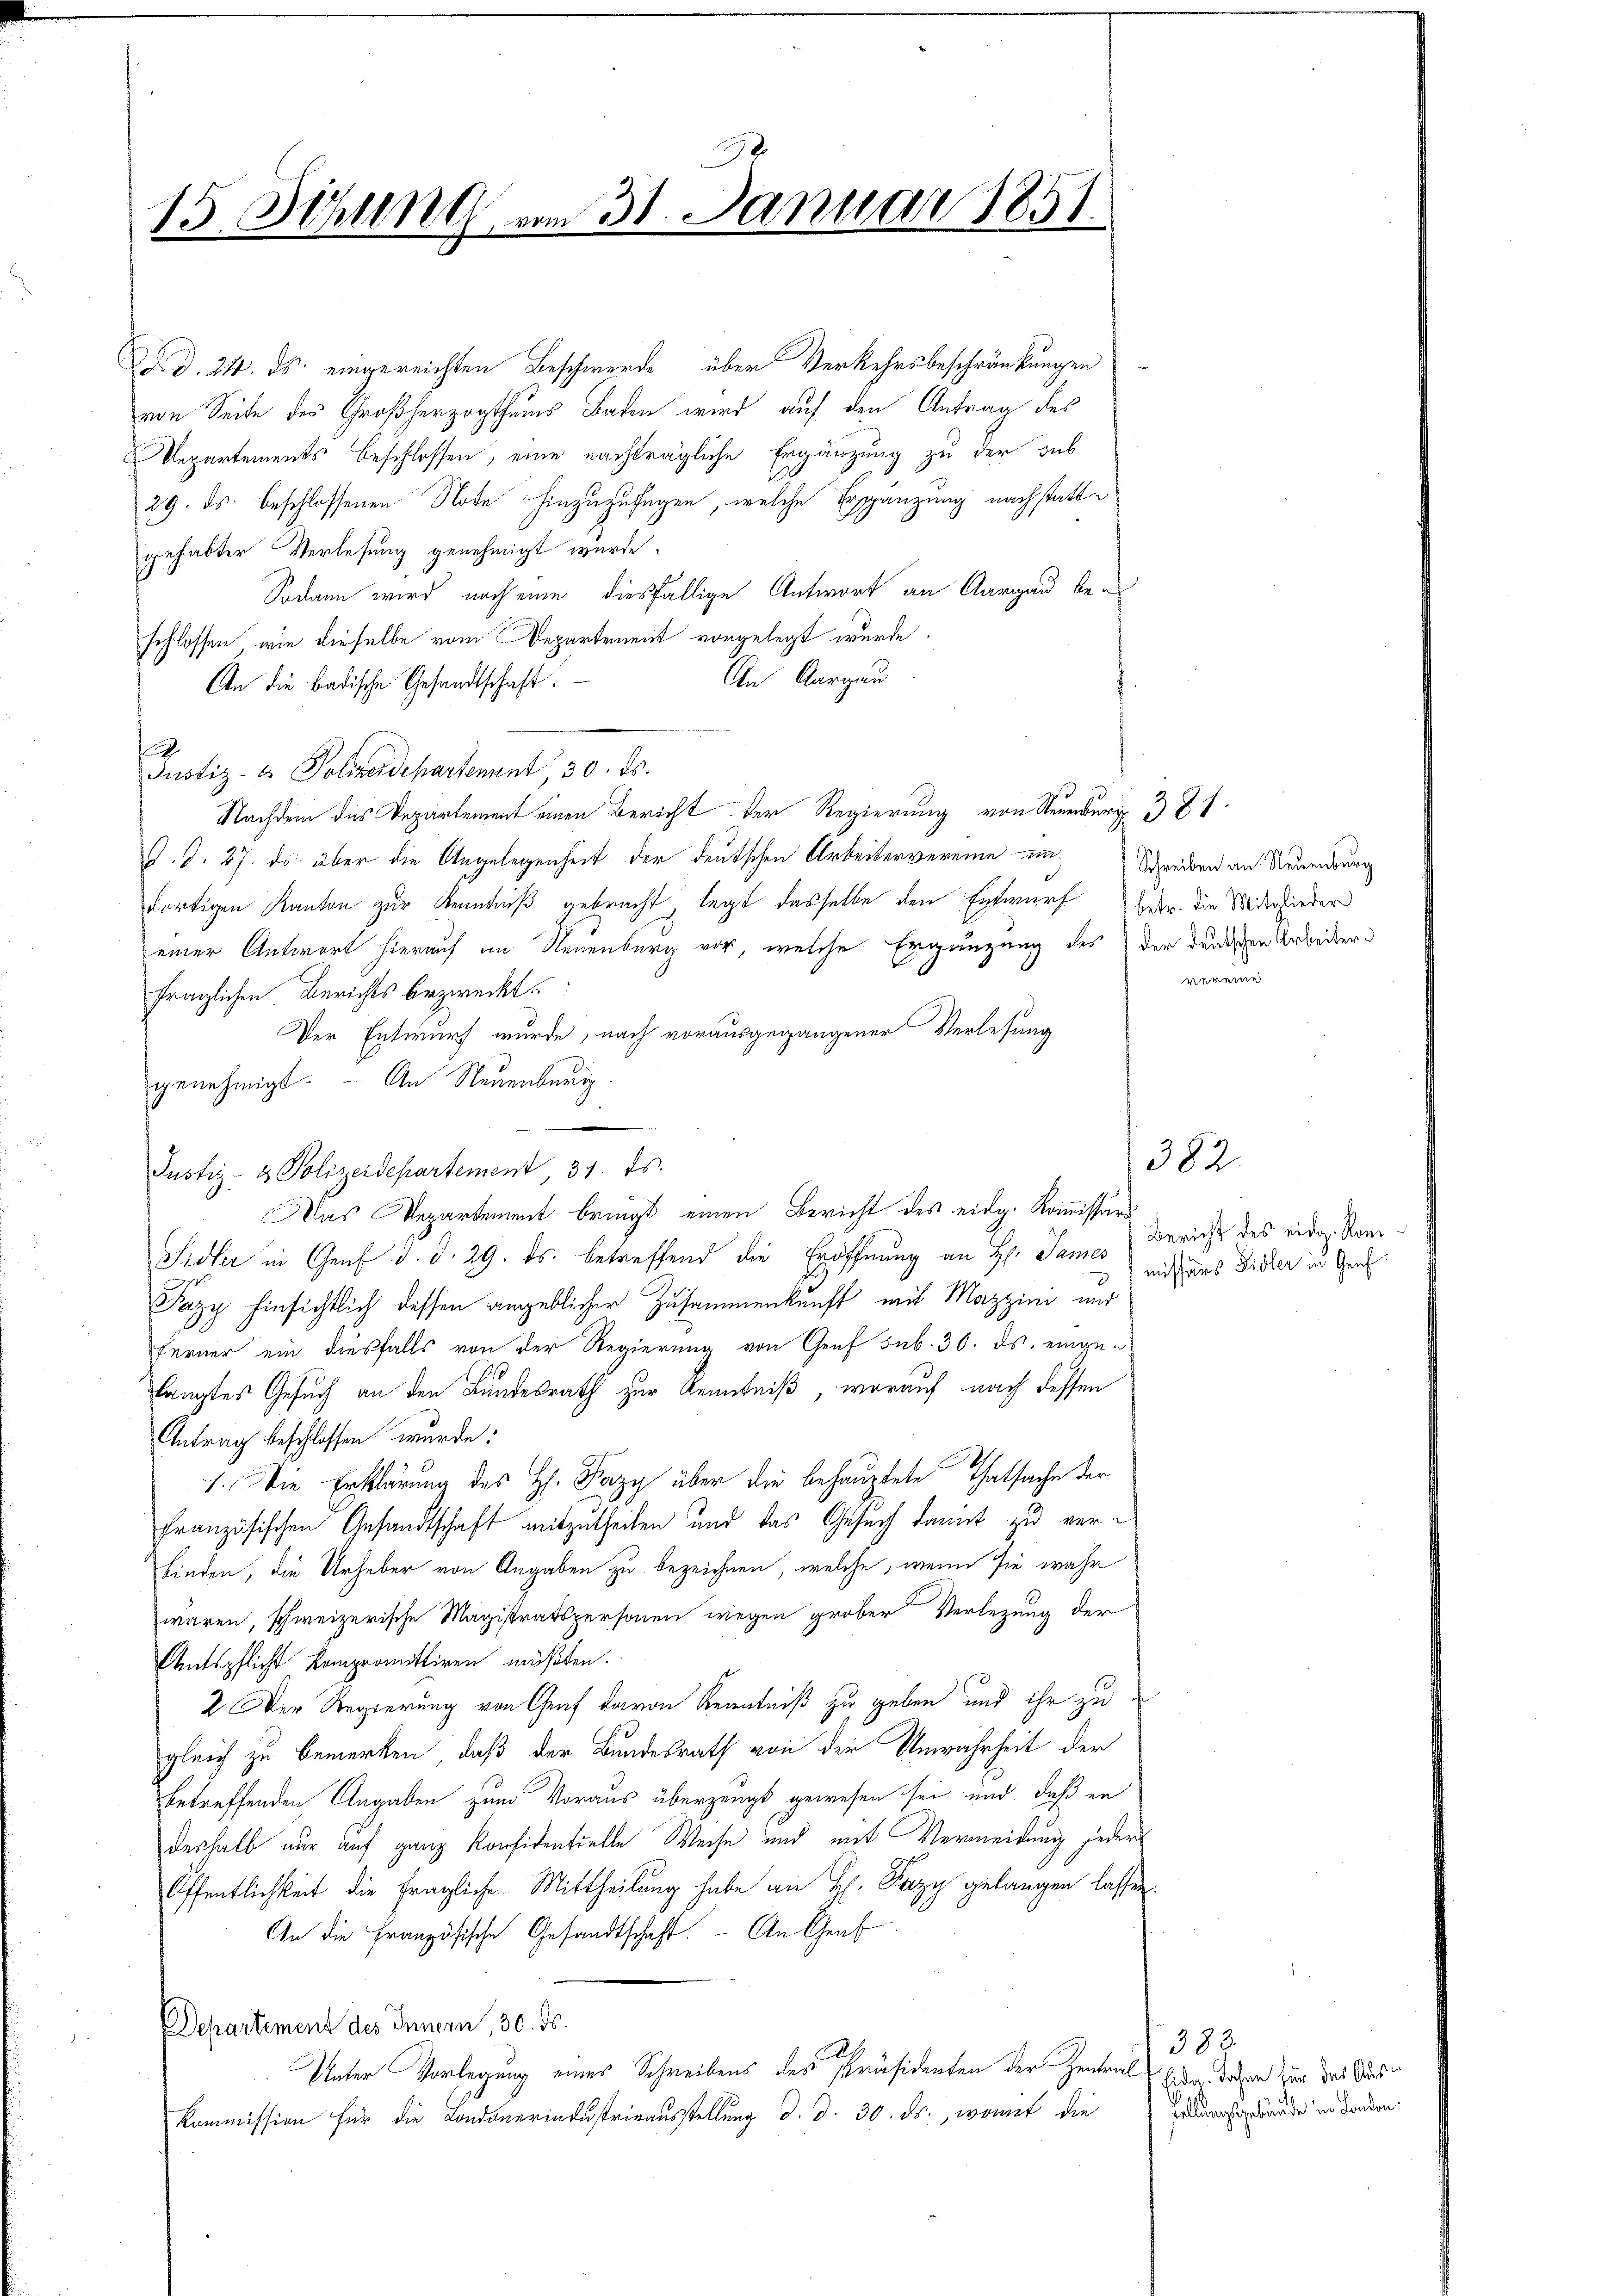
15. Sitzung vom 31. Januar 1851.
2

Ad. d. 24. ds. eingereichten Beschwerde über Verkehrsbeschränkungen
von Seite des Großherzogthums Baden wird auf den Antrag des
Repartements beschlossen, eine nachträgliche Ergänzung zu der sub
29. ds. beschlossenen Note hinzuzufügen, welche Erspänzung nachstattgehabter Verlesung genehmigt wurde.
Sodann wird noch eine diesfällige Antwort an Aargau beschlossen, wie dieselbe vom Departement vorgelegt wurde.
An Aargau
An die badische Gesandtschaft.
.
Justiz- & Polizeidepartement, 30. ds.
Nachdem das Departement einen Bericht der Regierung von Neuber 3 f.
D. S. 27. ds. über die Angelegenheit der deutschen Arbeitervereine und Schreiben an Neuendung
dortigen Kanton zur Kenntniß gebracht, legt dasselbe den Entwurf betr. die Widerfieder
einer Antwort hierauf im Neuenburg vor, welche Ergänzung des der denischen Arbeiter
fraglichen Berichts bezweckt.
Der Entwurf wurde, nach vorausgegangener Verlesung
genehmigt. An Neuenburg
Justiz- & Polizeidepartement, 31. ds.
Das Departement bringt einen Bericht des eidg. Kommissärs
Sidler in Genf d. d. 29. ds. betreffend die Eröffnung an H. Sames
Pazy hinsichtlich dessen angeblicher Zusammenkunft mit Mazzini und
Ferner ein diesfalls von der Regierung von Graf sub. 36. ds. eingelangtes Gesuch an den Bundesrath zur Kenntniß, worauf nach dessen
Antrag beschlossen wurde:
1. Die Erklärung des H. Pazy über die behauptete Thatsache der
französischen Gesandtschaft mitzutheilen und das Gesuch damit zu verbinden, die Urheber von Angaben zu bezeichnen, welche, wenn sie wahr
waren, schweizerische Magistratspersonen wegen grober Verlegung der
Amtspflicht kompromittiren müßten.
2. Der Regierung von Graf davon Kenntniß zu geben und ihr zu
gleich zu bemerken, daß der Bundesrath von der Unwahrheit der
betreffenden Angaben zum Voraus überzeugt gewesen sei und daß er
deshalb nur auf ganz Konfidentielle Weise und mit Vermeidung jeder
Öffentlichkeit die fragliche Mittheilung habe an Hr. Pazy gelangen lassen.
An die Französische Gesandtschaft. - An Graf
Departement des Innern, 30. ds.
I
Unter Vorlegung eines Schreibens des Präsidenten der Zentral
Kommission für die Londonerindustrirausstellung d. d. 30. ds., womit die

vereine

382.

Bericht des eide Kommissans Sidler in Genf

383.
Eidg. Sohne für das Austellungsgebäude in London.